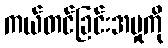
ကယ်တင်ခြင်းအမှုကို